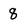
Character: 8